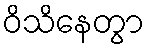
ဝိသိနေတွာ